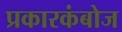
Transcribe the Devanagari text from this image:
प्रकारकंबोज